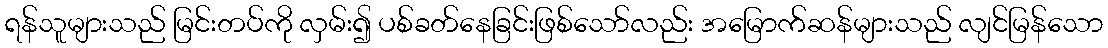
ရန်သူများသည် မြင်းတပ်ကို လှမ်း၍ ပစ်ခတ်နေခြင်းဖြစ်သော်လည်း အမြောက်ဆန်များသည် လျင်မြန်သော